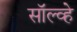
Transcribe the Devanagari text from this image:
सॉल्व्हे